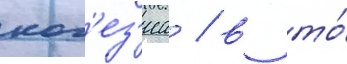
ког'ез'иа / в то́